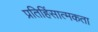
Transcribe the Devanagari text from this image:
प्रतिहिंसात्मकता